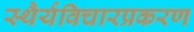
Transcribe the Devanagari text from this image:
स्थैर्यविचारप्रकरण